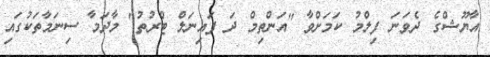
އާޔޫޝްގެ ދެވަނަ ފިލްމު ކަމަށްވާ "އަންތިމް ދަ ފައިނަލް ޓްރުތު" މާދަމާ ސިނަމާތަކުގައި